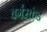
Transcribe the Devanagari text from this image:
बर्गस्क्रंड